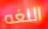
اللغه